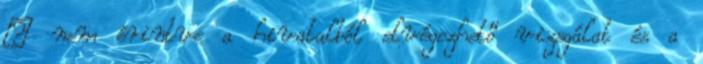
– nem érintve a hivatalból elvégezhető vizsgálat és a